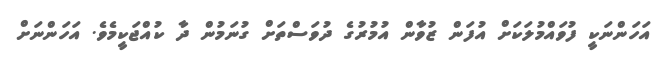
އަހަންނަކީ ފުވައްމުލަކަށް އުފަން ޒުވާން އުމުރުގެ ދުވަސްތަށް ގުނަމުން ދާ ކުއްޖަކީމެެވެ. އަހަންނަށް